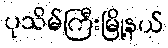
ပုသိမ်ကြီးမြို့နယ်